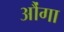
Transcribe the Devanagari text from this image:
औंगा